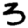
Digit: 3